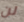
لن